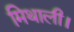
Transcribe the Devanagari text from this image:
मिथाली।